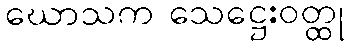
ဃောသက သေဋ္ဌေးဝတ္ထု